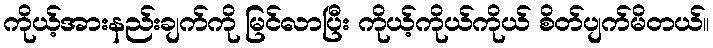
ကိုယ့်အားနည်းချက်ကို မြင်လာပြီး ကိုယ့်ကိုယ်ကိုယ် စိတ်ပျက်မိတယ်။